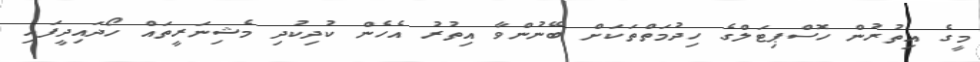
މީގެ އިތުރުން ހޮސްޕިޓަލްގެ ހިދުމަތްތަކަށް ބޭނުންވާ އިތުރު އެހެން ކުދިކުދި މެޝިނަރީތައް ހޯދައިދީފައި